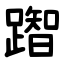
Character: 䠦